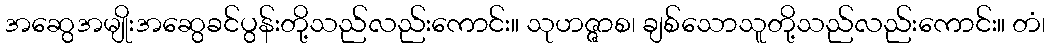
အဆွေအမျိုးအဆွေခင်ပွန်းတို့သည်လည်းကောင်း။ သုဟဇ္ဇာစ၊ ချစ်သောသူတို့သည်လည်းကောင်း။ တံ၊